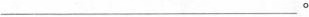
___。